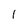
Character: 1